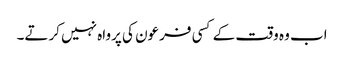
اب وہ وقت کے کسی فرعون کی پرواہ نہیں کرتے۔